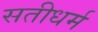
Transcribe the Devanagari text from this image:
सतीधर्म